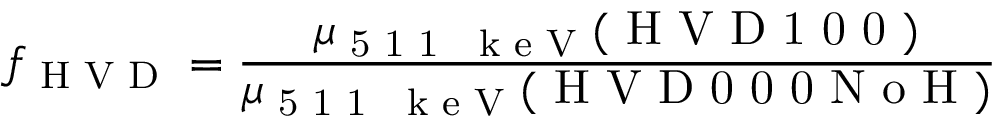
f _ { \textrm { H V D } } = \frac { \mu _ { \textrm { 5 1 1 ~ k e V } } ( \textrm { H V D 1 0 0 } ) } { \mu _ { \textrm { 5 1 1 ~ k e V } } ( \textrm { H V D 0 0 0 N o H } ) }